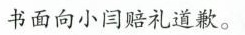
书面向小闫赔礼道歉。